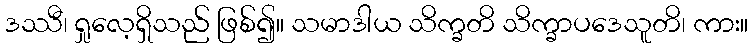
ဒဿီ၊ ရှုလေ့ရှိသည် ဖြစ်၍။ သမာဒါယ သိက္ခတိ သိက္ခာပဒေသူတိ၊ ကား။